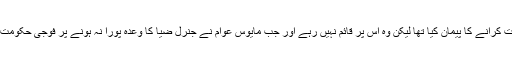
بھٹو کی حکومت کو برطرف کرنے کے بعد انہوں نے نوے روز کے اندر اندر عام انتخابات کرانے کا پیمان کیا تھا لیکن وہ اس پر قائم نہیں رہے اور جب مایوس عوام نے جنرل ضیا کا وعدہ پورا نہ ہونے پر فوجی حکومت کے خلاف احتجاج کی راہ اختیار کی تو اسے طاقت کے بل پر کچلنے کی کوشش کی گئی۔